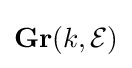
\mathbf {Gr} (k,{\mathcal {E}})